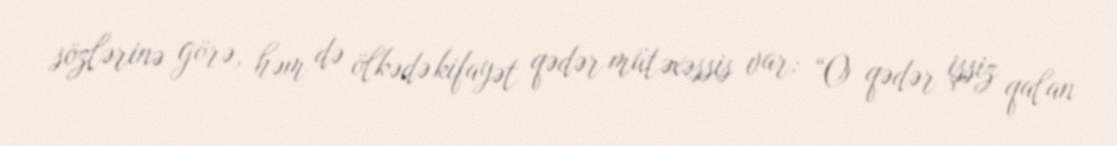
sözlərinə görə, həm də ölkədə kifayət qədər mütəxəssis var: “O qədər işsiz qalan